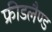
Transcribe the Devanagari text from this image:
फ्रीडलैण्ड